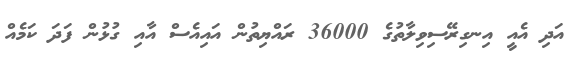
އަދި އެއީ އިނގިރޭސިވިލާތުގެ 36000 ރައްޔިތުން އައިއެސް އާއި ގުޅުން ފަދަ ކަމެއް